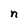
Character: n